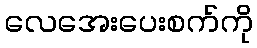
လေအေးပေးစက်ကို